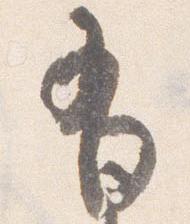
有